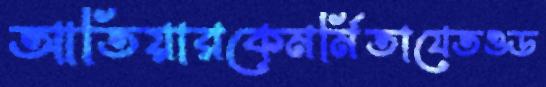
আতিয়ারকেমর্মিতাযেতওড